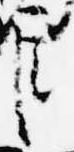
臣